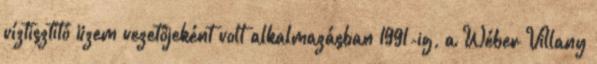
víztisztító üzem vezetôjeként volt alkalmazásban 1991-ig, a Wéber Villany